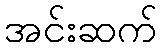
အင်းဆက်